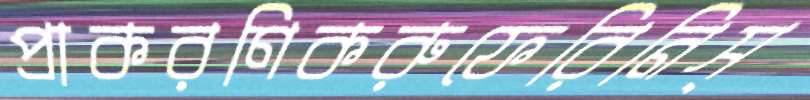
প্রাকরণিকরুফেরিনিস্